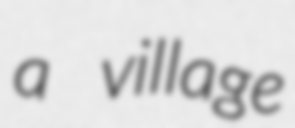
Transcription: a village